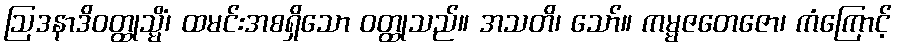
ဩဒနာဒိဝတ္ထုသ္မိံ၊ ထမင်းအစရှိသော ဝတ္ထုသည်။ အသတိ၊ သော်။ ကမ္မဇတေဇော၊ ကံကြောင့်